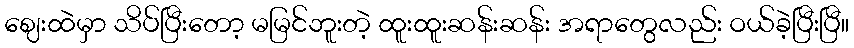
ဈေးထဲမှာ သိပ်ပြီးတော့ မမြင်ဘူးတဲ့ ထူးထူးဆန်းဆန်း အရာတွေလည်း ဝယ်ခဲ့ပြီးပြီ။